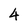
Character: 4